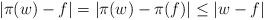
LaTeX: \begin{align*} |\pi(w)-f|=|\pi(w)-\pi(f)|\leq|w-f|\end{align*}